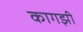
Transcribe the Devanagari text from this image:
कागझी